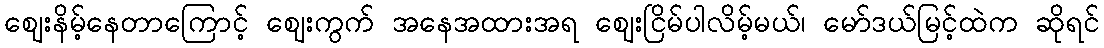
ဈေးနိမ့်နေတာကြောင့် ဈေးကွက် အနေအထားအရ ဈေးငြိမ်ပါလိမ့်မယ်၊ မော်ဒယ်မြင့်ထဲက ဆိုရင်